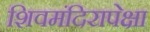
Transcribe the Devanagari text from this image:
शिवमंदिरापेक्षा